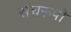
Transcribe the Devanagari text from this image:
संघरूपी